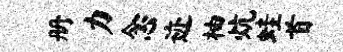
册力念迹柚炕蛙首